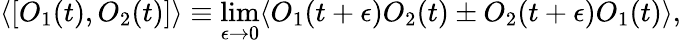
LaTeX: \langle[O_{1}(t),O_{2}(t)]\rangle\equiv\operatorname*{lim}_{\epsilon\rightarrow 0}\langle O_{1}(t+\epsilon)O_{2}(t)\pm O_{2}(t+\epsilon)O_{1}(t)\rangle,